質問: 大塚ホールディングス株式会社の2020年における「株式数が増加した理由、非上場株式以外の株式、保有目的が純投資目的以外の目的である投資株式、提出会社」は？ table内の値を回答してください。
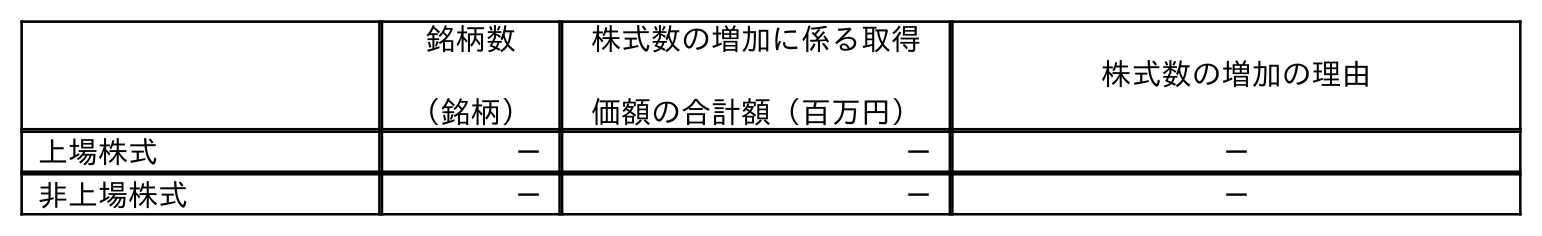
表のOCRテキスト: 銘柄数 （銘柄） 株式数の増加に係る取得 価額の合計額（百万円） 株式数の増加の理由 上場株式 － － － 非上場株式 － － －
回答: －